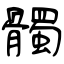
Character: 髑